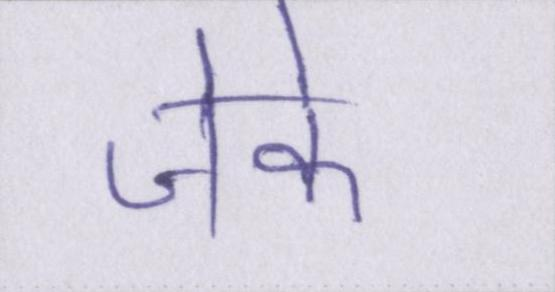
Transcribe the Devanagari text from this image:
जेके